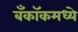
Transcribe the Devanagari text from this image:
बँकॉकमध्ये